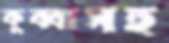
কুব্বাসহ